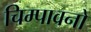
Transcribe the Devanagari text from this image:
चिम्पावनों